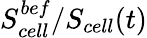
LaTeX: S_{cell}^{bef}/S_{cell}(t)